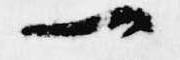
一